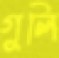
গুলি